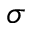
\sigma